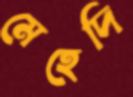
মেহেদি